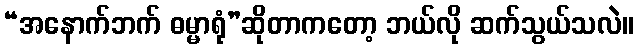
“အနောက်ဘက် ဓမ္မာရုံ”ဆိုတာကတော့ ဘယ်လို ဆက်သွယ်သလဲ။